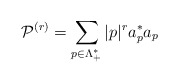
\begin{align*}\mathcal{P}^{(r)}=\sum_{p \in\Lambda_+^*}|p|^r a^*_p a_p\end{align*}